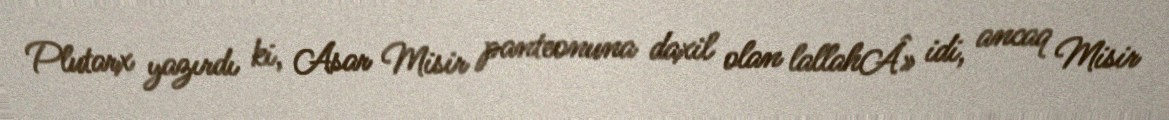
Plutarx yazırdı ki, Asar Misir panteonuna daxil olan lallahÂ» idi, ancaq Misir